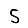
Digit: 5